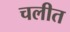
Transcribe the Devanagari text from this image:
चलीत